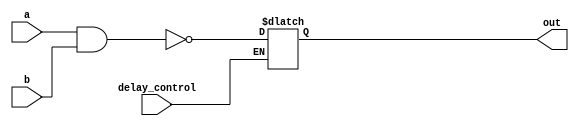
module NAND_Delay (
    input a,
    input b,
    input delay_control,
    output reg out
);

reg delayed_output;

always @(a or b or delay_control) begin
    if (delay_control) begin
        delayed_output <= ~(a & b);
    end
    
    out <= delayed_output;
end

endmodule